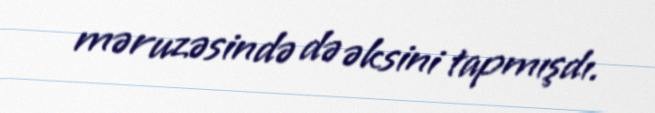
məruzəsində də əksini tapmışdı.